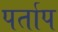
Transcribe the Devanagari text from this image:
पर्ताप